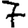
Digit: 7